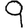
Digit: 9